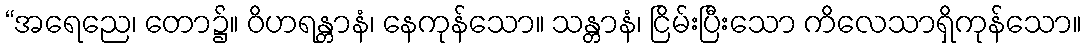
“အရေညေ၊ တော၌။ ဝိဟရန္တာနံ၊ နေကုန်သော။ သန္တာနံ၊ ငြိမ်းပြီးသော ကိလေသာရှိကုန်သော။